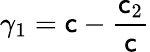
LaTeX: \gamma_{1}=\mathsf{c}-\frac{{\mathsf{c}_{2}}}{{\mathsf{c}}}